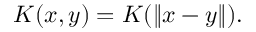
K ( x , y ) = K ( \| x - y \| ) .